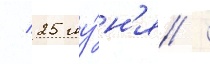
/ 25 иу́н'я /